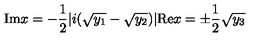
\mathrm { I m } x = - \frac { 1 } { 2 } | i ( \sqrt { y _ { 1 } } - \sqrt { y _ { 2 } } ) | \mathrm { R e } x = \pm \frac { 1 } { 2 } \sqrt { y _ { 3 } }